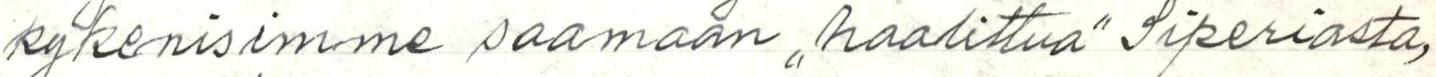
kykenisimme saamaan ,,haalittua" Siperiasta,